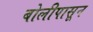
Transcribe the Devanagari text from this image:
बोलीपासून